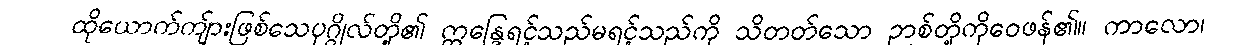
ထိုယောက်ကျ်ားဖြစ်သေပုဂ္ဂိုလ်တို့၏ ဣန္ဒြေရင့်သည်မရင့်သည်ကို သိတတ်သော ဉာစ်တို့ကိုဝေဖန်၏။ ကာလော၊